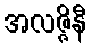
အလဇ္ဇိနီ